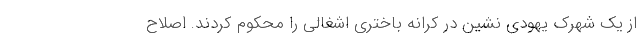
از یک شهرک یهودی نشین در کرانه باختری اشغالی را محکوم کردند. اصلاح